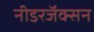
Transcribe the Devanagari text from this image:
नीडरजॅक्सन